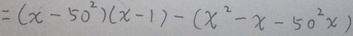
= ( x - 5 0 ^ { 2 } ) ( x - 1 ) - ( x ^ { 2 } - x - 5 0 ^ { 2 } )